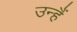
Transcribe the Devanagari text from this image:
उन्हैं